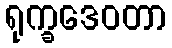
ရုက္ခဒေဝတာ